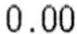
0.00